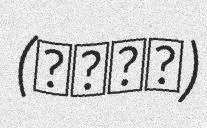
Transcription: (龍神温泉)